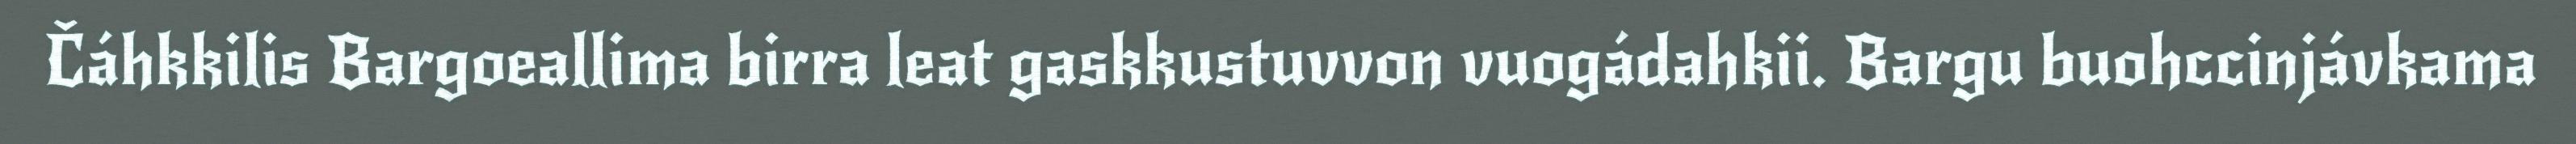
Čáhkkilis Bargoeallima birra leat gaskkustuvvon vuogádahkii. Bargu buohccinjávkama